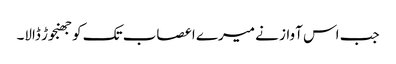
جب اس آواز نے میرے اعصاب تک کو جھنجوڑ ڈالا۔